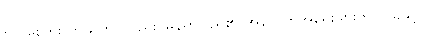
ဗိုလ်မိုးကြိုး ကိုယ်တိုင်လည်း မြန်မာပြည်၏ အနာဂတ်အရေးများတွင် သူနှင့်